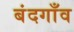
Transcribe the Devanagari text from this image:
बंदगाँव